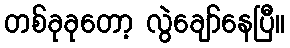
တစ်ခုခုတော့ လွဲချော်နေပြီ။